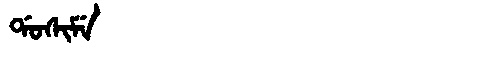
Manchu: ᡩᠣᠰᡳᠮᡝ
Romanization: DOSIME